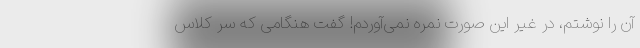
آن را نوشتم، در غیر این صورت نمره نمی‌آوردم! گفت هنگامی که سر کلاس